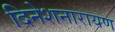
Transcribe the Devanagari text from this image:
दिनेशनारायण